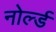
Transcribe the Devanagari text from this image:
नोर्ल्ड